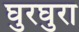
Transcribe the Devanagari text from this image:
घुरघुरा